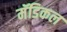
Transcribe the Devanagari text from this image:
मॅडिकल